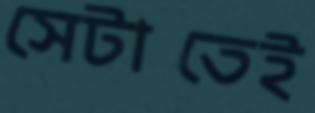
সেটাতেই